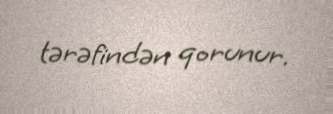
tərəfindən qorunur.